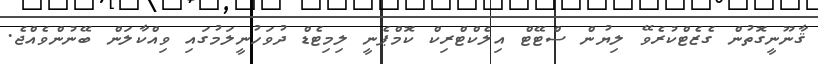
ޤާނޫނީގޮތުން ގެޒެޓްކުރެވޭ ލިޔުން ސްޓޭޓް އިލެކްޓްރިކް ކޮމްޕެނީ ލިމިޓެޑް ދުވަހުނީލަމުގައި ވިއްކާލަން ބޭނުންވެއްޖެ.